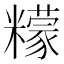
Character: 𱹦